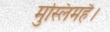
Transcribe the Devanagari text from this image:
मुस्लिमहै।